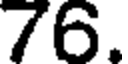
76.